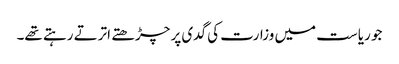
جو ریاست میں وزارت کی گدی پر چڑھتے اترتے رہتے تھے۔